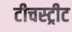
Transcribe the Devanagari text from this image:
टीचस्ट्रीट